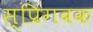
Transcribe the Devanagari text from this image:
स्प्रिंगबक